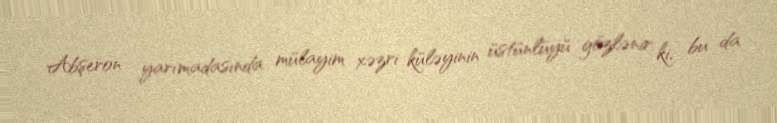
Abşeron yarımadasında mülayim xəzri küləyinin üstünlüyü gözlənir ki, bu da